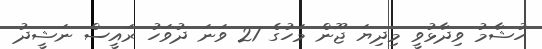
ހުޝާމު ވިދާޅުވީ މިދިޔަ ޖޫން މަހުގެ 21 ވަނަ ދުވަހު ރައީސް ނަޝީދު